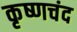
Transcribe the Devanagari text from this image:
कृष्णचंद